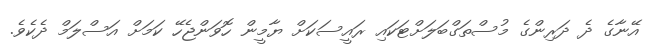
އޭނާގެ ދެ ދަރިންގެ މުސްތަގްބަލަށްޓަކައި ރައީސަކަށް ޔާމީން ހޮވަންޖެހޭ ކަމަށް އަސްލަމް ދެކެވެ.